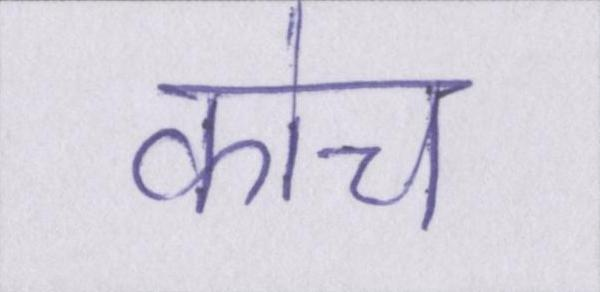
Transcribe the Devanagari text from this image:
कोच